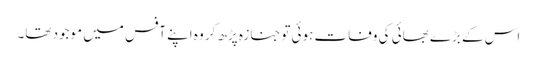
اس کے بڑے بھائی کی وفات ہوئی توجنازہ پڑھ کر وہ اپنے آفس میں موجود تھا۔